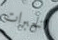
الخبرات